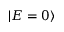
| E = 0 \rangle